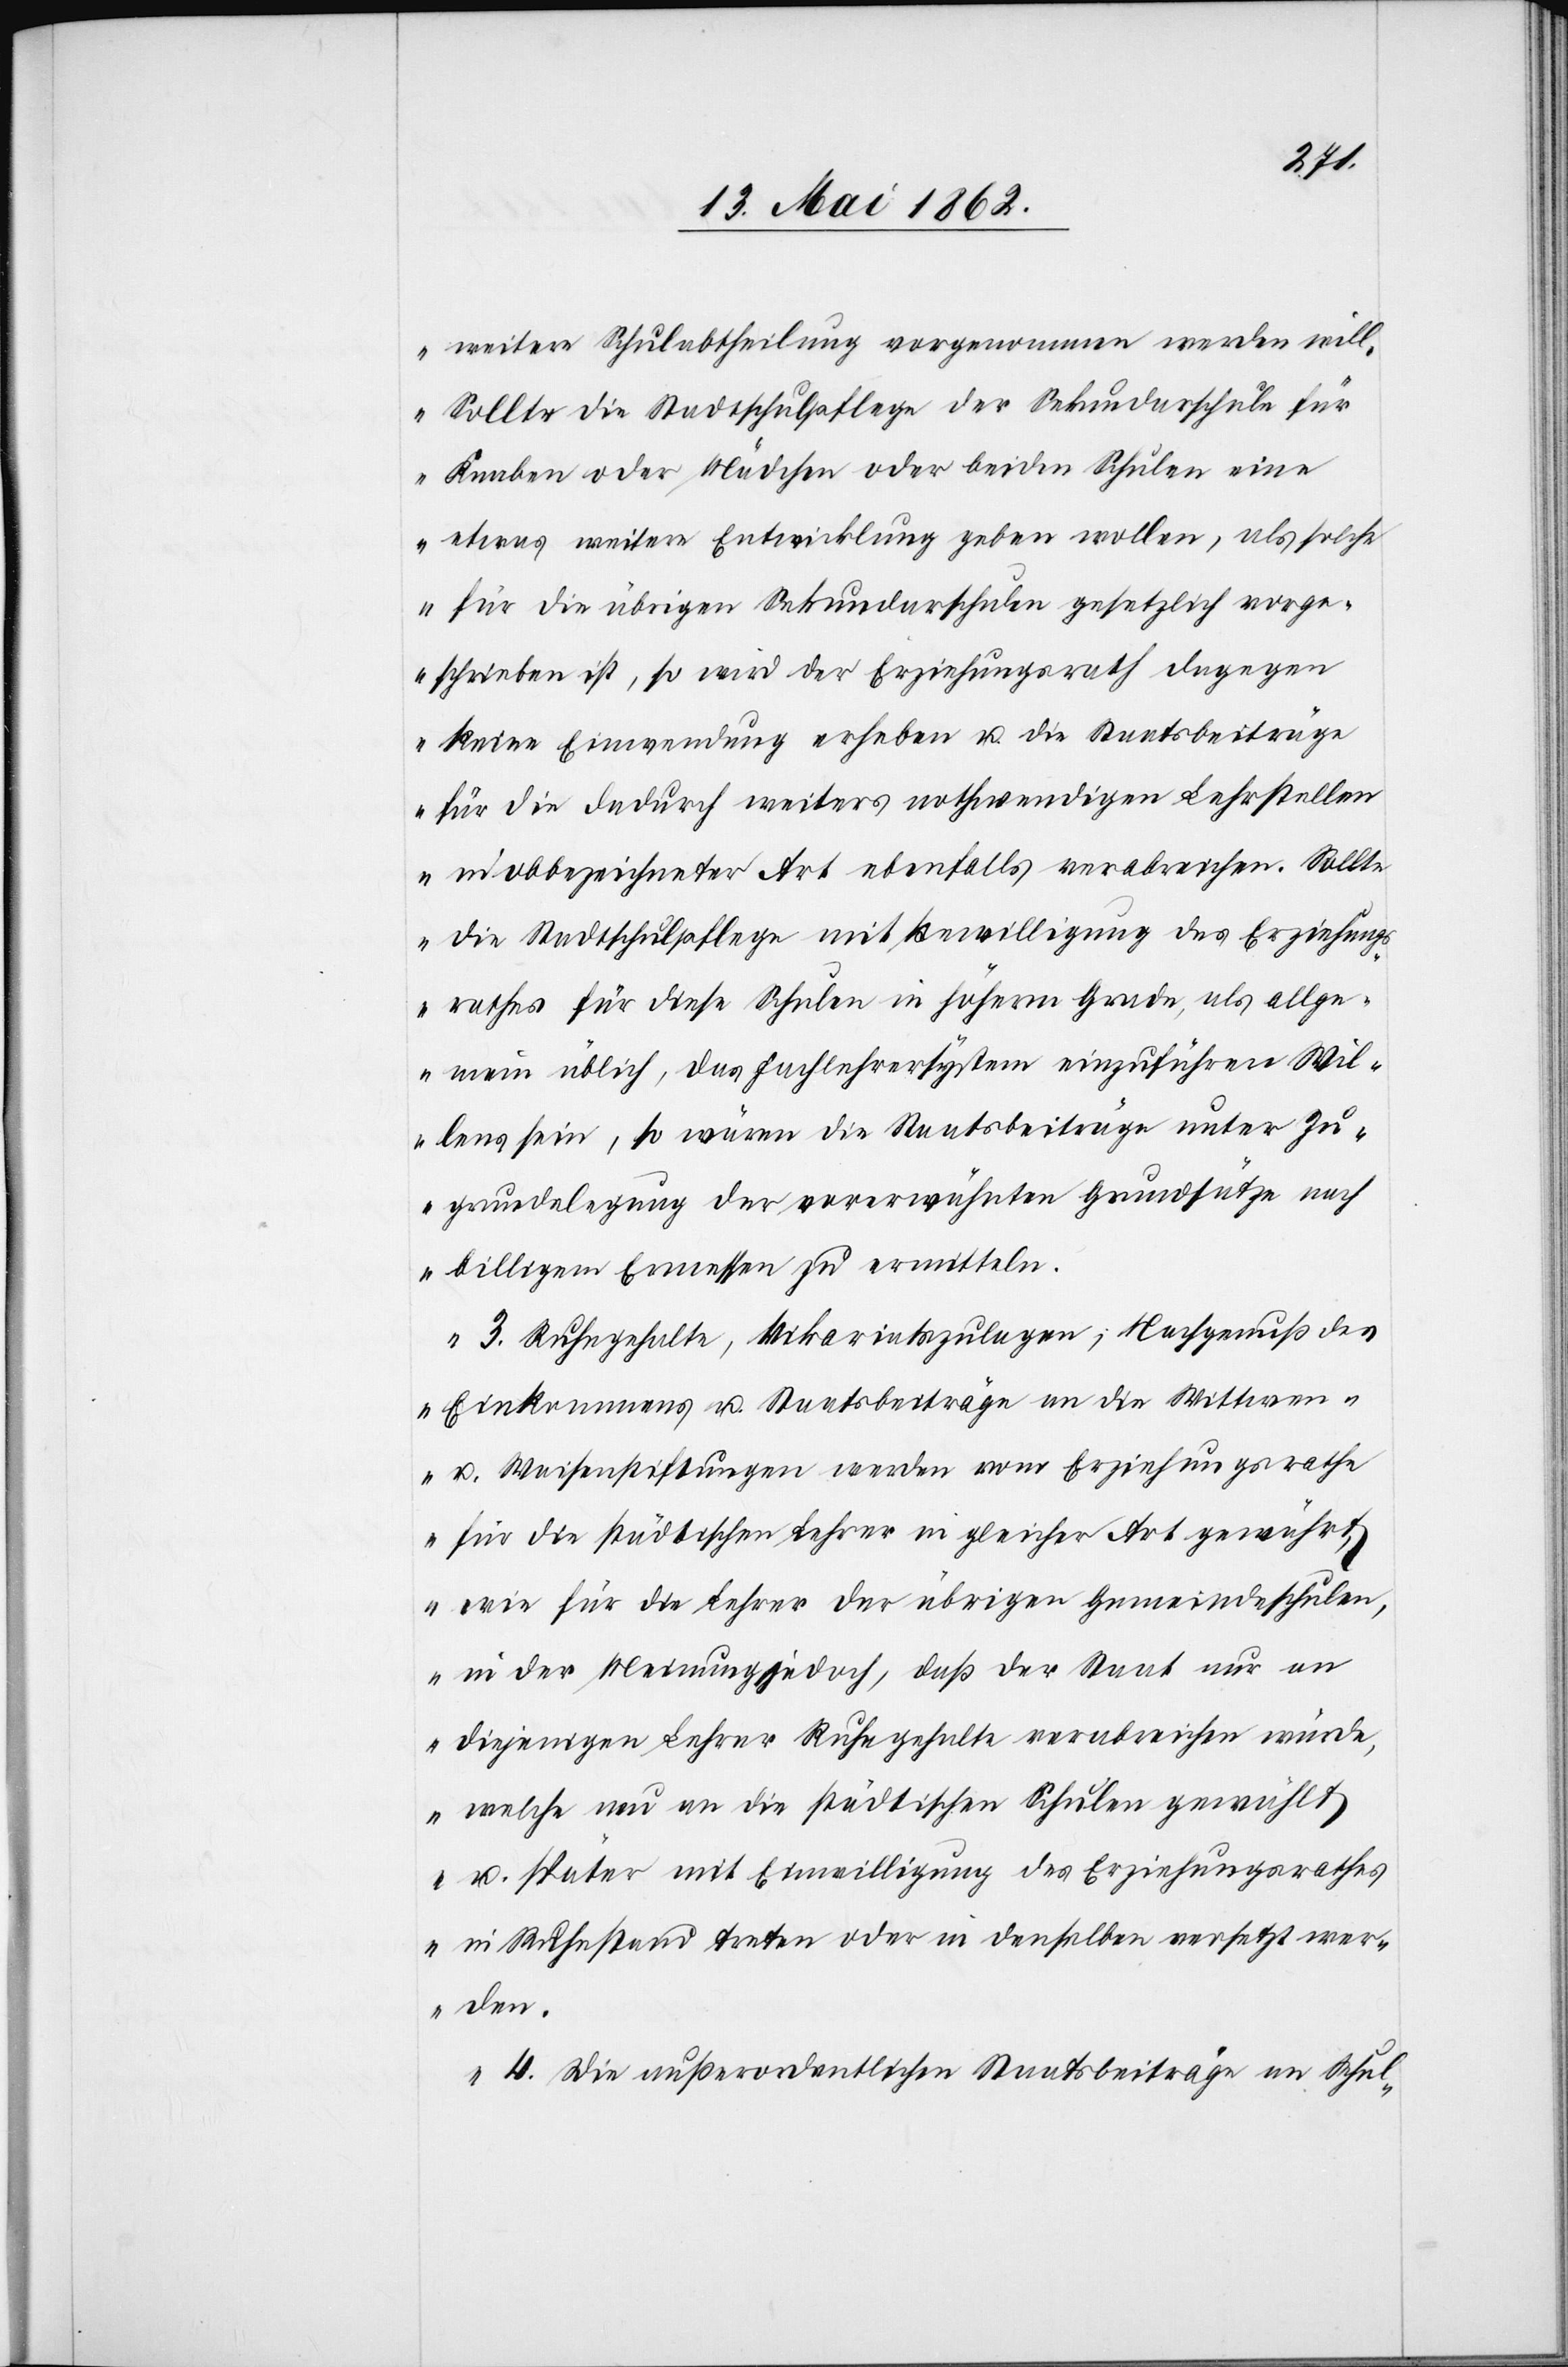
weitere Schulabtheilung vorgenommen werden will.
Sollte die Stadtschulpflege der Sekundarschule für
Knaben oder Mädchen oder beiden Schulen eine
etwas weitere Entwicklung geben wollen, als solche
für die übrigen Sekundarschulen gesetzlich vorge¬
schrieben ist, so wird der Erziehungsrath dagegen
keine Einwendung erheben u. die Staatsbeiträge
für die dadurch weiters nothwendigen Lehrstellen
in obbezeichneter Art ebenfalls verabreichen. Sollte
die Stadtschulpflege mit Bewilligung des Erziehung¬
srathes für diese Schulen in höherm Grade, als allge¬
mein üblich, das Fachlehrersystem einzuführen Wil¬
lens sein, so wären die Staatsbeiträge unter Zu¬
grundelegung der vorerwähnten Grundsätze nach
billigem Ermessen zu vermitteln.
3. Ruhegehalte, Vikariatszulagen; Nachgenuß des
Einkommens u. Staatsbeiträge an die Wittwen-
u. Waisenstiftungen werden vom Erziehungsrathe
für die städtischen Lehrer in gleicher Art gewährt,
wie für die Lehrer der übrigen Gemeindeschulen,
in der Meinung jedoch, daß der Staat nur an
diejenigen Lehrer Ruhegehalte verabreichen würde,
welche neu an die städtischen Schulen gewählt
u. später mit Einwilligung des Erziehungsrathes
in Ruhestand treten oder in denselben versetzt wer¬
den.
4. Die außerordentlichen Staatsbeiträge an Schul-